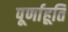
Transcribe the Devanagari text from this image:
पूर्णाहूति